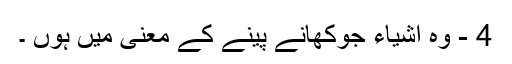
4 - وہ اشیاء جوکھانے پینے کے معنی میں ہوں ۔